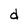
Character: d